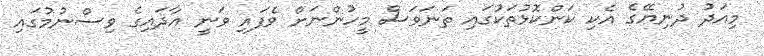
މިއަދު ދުނިޔޭގެ އެކި ކަންކޮޅުތަކުގައި ތަނަވަސް މީހުންނަށް ވެފައި ވަނީ އާދައިގެ ވިސްނުމުގައި